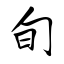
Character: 旬